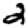
Digit: 2